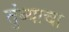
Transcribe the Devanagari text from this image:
तुंब्याचा